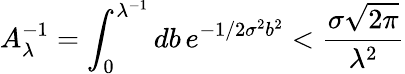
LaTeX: A_{\lambda}^{-1}=\int_{0}^{\lambda^{-1}}db\, e^{-1/2\sigma^{2}b^{2}}<{\frac{\sigma\sqrt{2\pi}}{\lambda^{2}}}